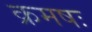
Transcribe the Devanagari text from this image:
क्रमषः